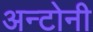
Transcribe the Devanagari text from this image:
अन्टोनी